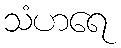
သံဟရေ